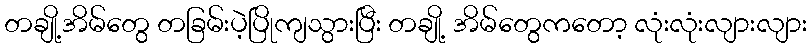
တချို့အိမ်တွေ တခြမ်းပဲ့ပြိုကျသွားပြီး တချို့ အိမ်တွေကတော့ လုံးလုံးလျားလျား